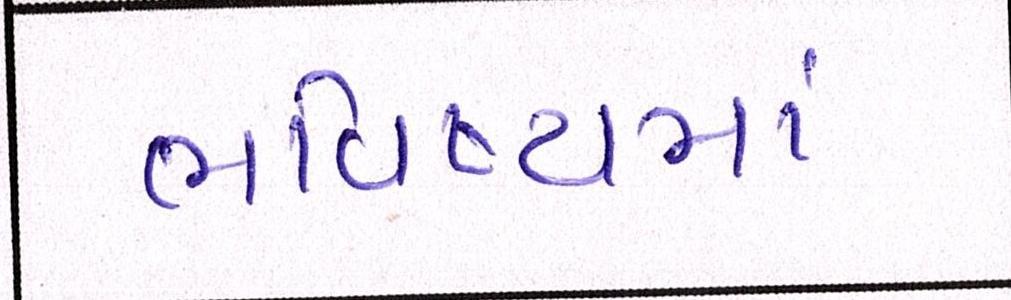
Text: ભવિષ્યમાં